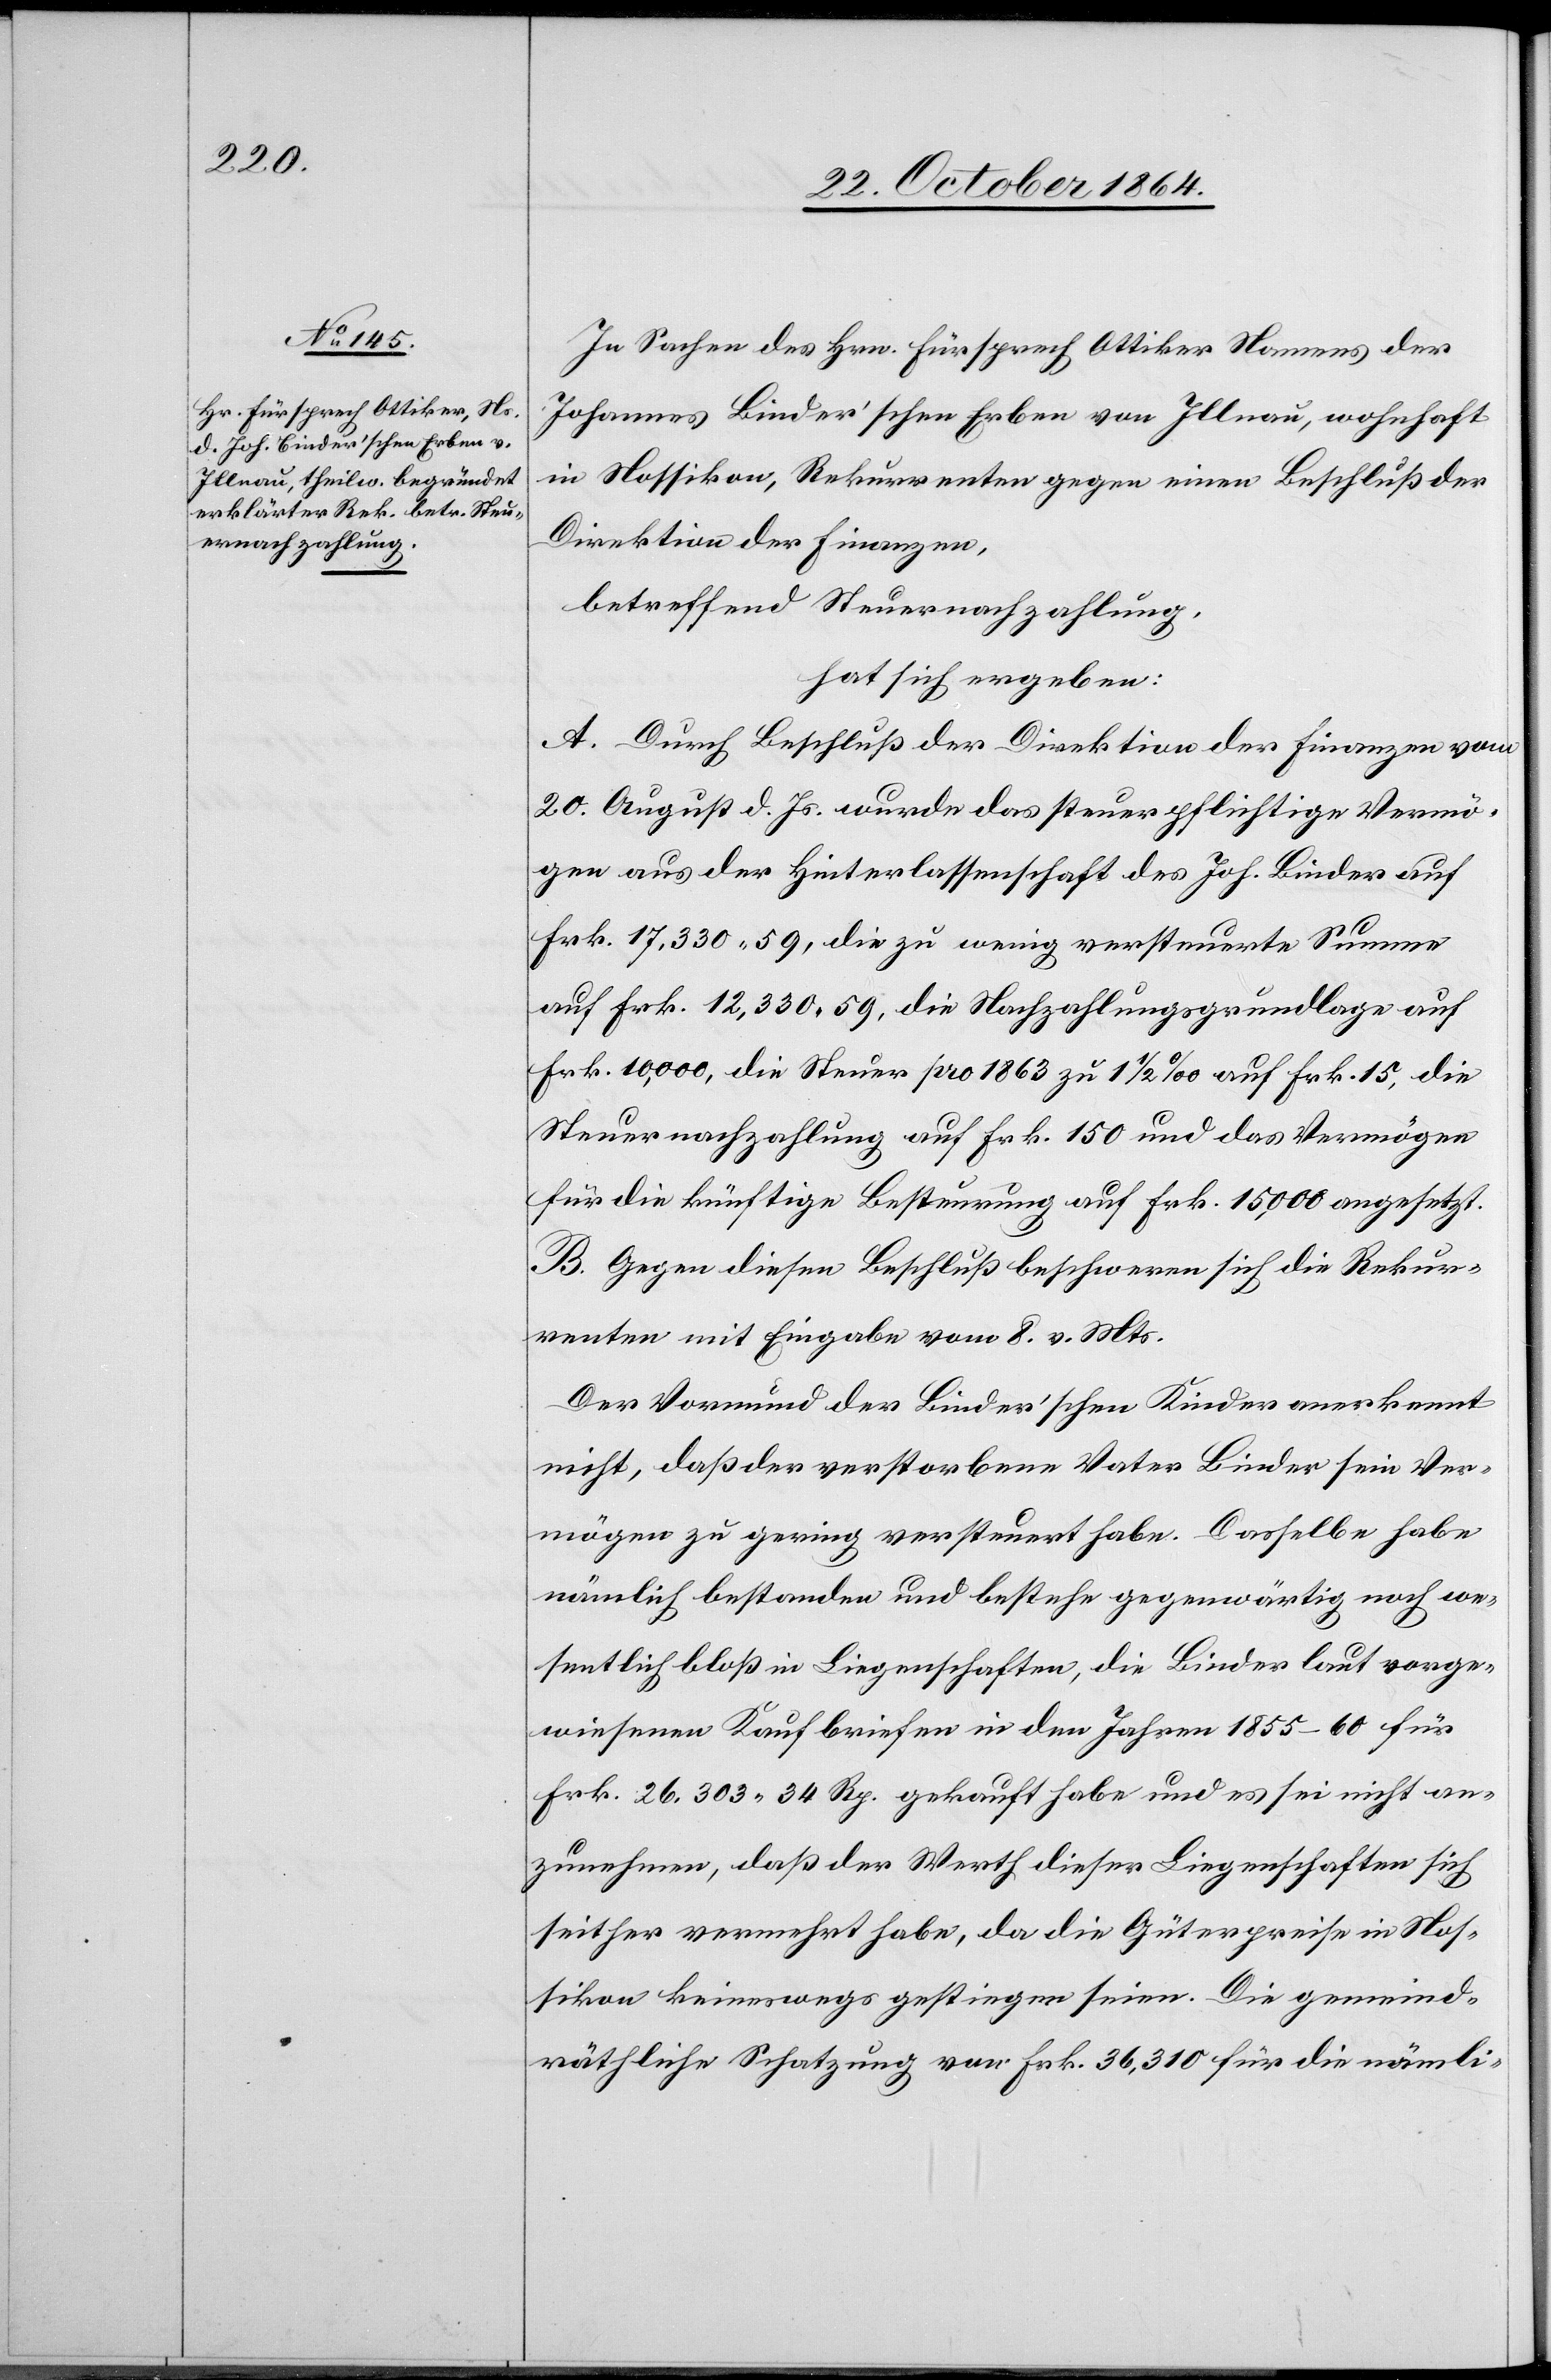
In Sachen des Hrn. Fürsprech Ottiker Namens der
Johannes Binder’schen Erben von Illnau, wohnhaft
in Nossikon, Rekurrenten gegen einen Beschluß der
Direktion der Finanzen,
betreffend Steuernachzahlung,
hat sich ergeben:
A. Durch Beschluß der Direktion der Finanzen vom
20. August d. Js. wurde das steuerpflichtige Vermö¬
gen aus der Hinterlassenschaft des Joh. Binder auf
Frk. 17,300.59, die zu wenig versteuerte Summe
auf Frk. 12,330,59, die Nachzahlungsgrundlage auf
Frk. 10,000, die Steuer pro 1863 zu 1 1/2 ‰ auf Frk. 15, die
Steuernachzahlung auf Frk. 150 und das Vermögen
für die künftige Besteurung auf Frk. 15,000 angesetzt.
B. Gegen diesen Beschluß beschweren sich die Rekur¬
renten mit Eingabe vom 8. v. Mts.
Der Vormund der Binder’schen Kinder anerkennt
nicht, daß der verstorbene Vater Binder sein Ver¬
mögen zu gering versteuert habe. Dasselbe habe
nämlich bestanden und bestehe gegenwärtig noch we¬
sentlich bloß in Liegenschaften, die Binder laut vorge¬
wiesenen Kaufbriefen in den Jahren 1855–60 für
Frk. 26,303.34 Rp. gekauft habe und es sei nicht an¬
zunehmen, daß der Werth dieser Liegenschaften sich
seither vermehrt habe, da die Güterpreise in Nos¬
sikon keineswegs gestiegen seien. Die gemeind¬
räthliche Schatzung von Frk. 35,310 für die nämli-